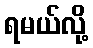
ရမယ်လို့